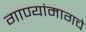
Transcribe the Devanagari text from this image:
गाण्यांमागचे